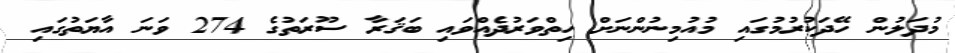
މުދަލުން ހޭދަކުރުމުގައި މުއުމިނުންނަށް ހިތްވަރުދެއްވައި ބަޤަރާ ސޫރަތުގެ 274 ވަނަ އާޔަތުގައި